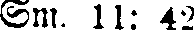
Sm. 11: 42